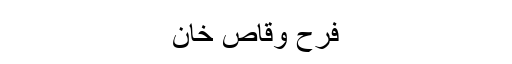
فرح وقاص خان